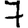
Digit: 7